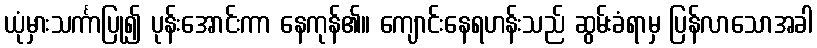
ယုံမှားသင်္ကာပြု၍ ပုန်းအောင်းကာ နေကုန်၏။ ကျောင်းနေရဟန်းသည် ဆွမ်းခံရာမှ ပြန်လာသောအခါ